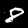
Digit: 8